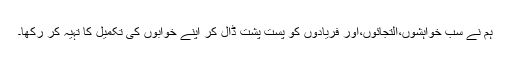
ہم نے سب خواہشوں،التجائوں،اور فریادوں کو پست پشت ڈال کر اپنے خوابوں کی تکمیل کا تہیہ کر رکھا۔